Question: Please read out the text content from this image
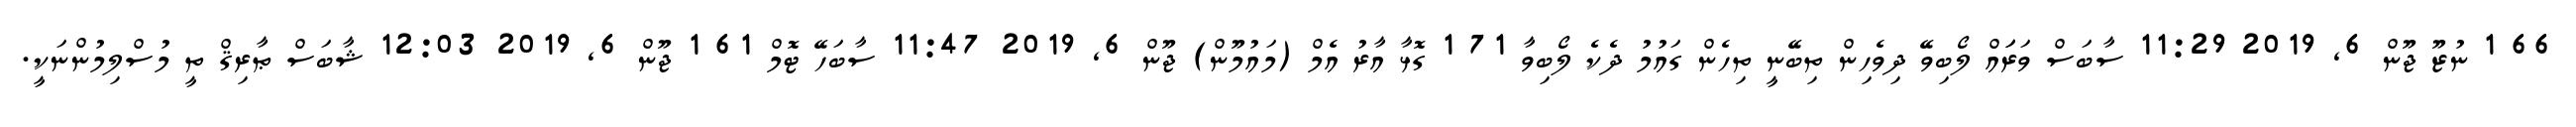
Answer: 66 1 ނުޒޫ ޖޫން 6, 2019 11:29 ސާބަސް ވަރަައް ލޯބިވޭ ދިވެހިން ތިބޭނީ ތިހެން ގައުމު ދެކެ ލޯބިވާ 71 1 ގޮޅާ އާރު އެމް (މައުމޫން) ޖޫން 6, 2019 11:47 ސާބަހޭ ޓޮމް 61 1 ޖޫން 6, 2019 12:03 ޝާބަސް ޠާރިޤް ތީ މުސްލިމުންނަކީ.